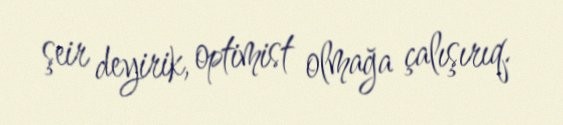
şeir deyirik, optimist olmağa çalışırıq.